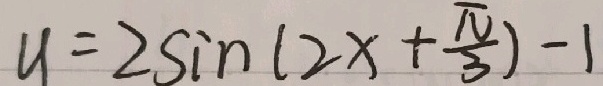
y = 2 \sin ( 2 x + \frac { \pi } { 3 } ) - 1